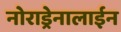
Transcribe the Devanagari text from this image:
नोराड्रेनालाईन